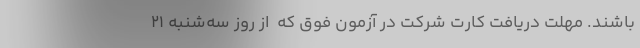
باشند. مهلت دریافت کارت شرکت در آزمون فوق که ‌ از روز سه­‌شنبه ۲۱